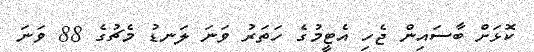
ކޮޅަށް ބާސައިން ޖެހި އެޓީމުގެ ހަތަރު ވަނަ ލަނޑު މެޗުގެ 88 ވަނަ